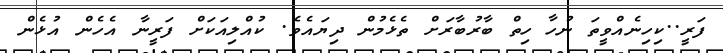
ފަރީ..ކިހިނެއްވީތަ ނުހާ ހިތް ބާރުބާރަށް ތެޅެމުން ދިޔައެވެ. ކުއްލިއަކަށް ފަރީނާ އެހެން އުޅެން